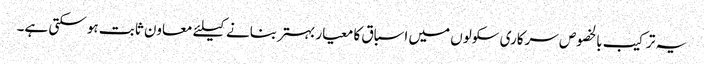
یہ ترکیب بالخصوص سرکاری سکولوں میں اسباق کا معیار بہتر بنانے کیلئے معاون ثابت ہو سکتی ہے۔